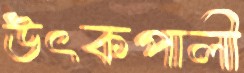
উৎকপালী